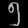
Digit: ၅